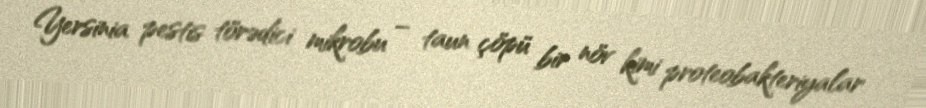
Yersinia pestis törədici mikrobu – taun çöpü bir növ kimi proteobakteriyalar